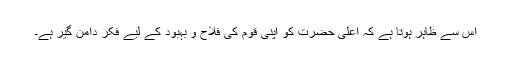
اس سے ظاہر ہوتا ہے کہ اعلیٰ حضرت کو اپنی قوم کی فلاح و بہبود کے لیے فکر دامن گیر ہے۔